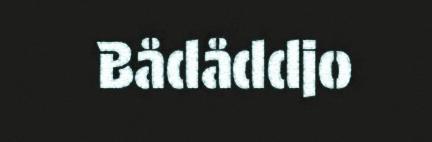
Bådåddjo